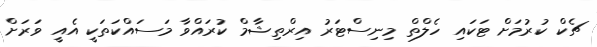
ޗެކް ކުރުމަށް ޓަކައި ހެލްތް މިނިސްޓަރު އިރްތިޝާމް ކުރައްވާ މަސައްކަތަކީ އެއީ ވަރަށް